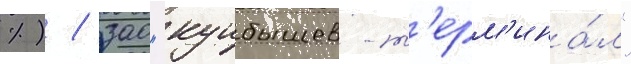
%) / зао "куибышев-т'ерм'ина́л"